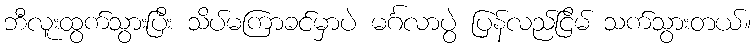
ဘီလူးထွက်သွားပြီး သိပ်မကြာခင်မှာပဲ မင်္ဂလာပွဲ ပြန်လည်ငြိမ် သက်သွားတယ်။